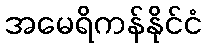
အမေရိကန်နိုင်ငံ